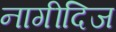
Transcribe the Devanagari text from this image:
नागीदिज